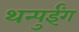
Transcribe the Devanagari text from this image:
थन्पुईंग